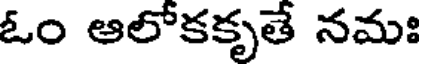
ఓం ఆలోకకృతే నమః